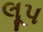
લૂપ